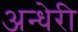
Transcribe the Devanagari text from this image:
अन्धेरी